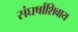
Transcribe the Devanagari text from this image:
संघर्षाशिवाय